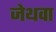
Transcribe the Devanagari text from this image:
जेथवा